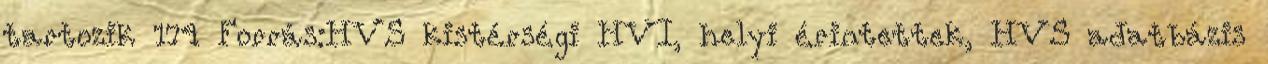
tartozik 174 Forrás:HVS kistérségi HVI, helyi érintettek, HVS adatbázis